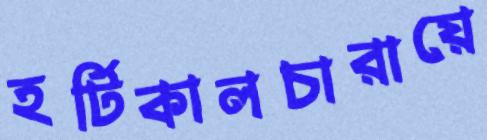
হর্টিকালচারায়ে